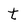
Character: t